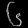
Digit: ၆